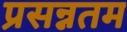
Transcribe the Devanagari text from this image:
प्रसन्नतम